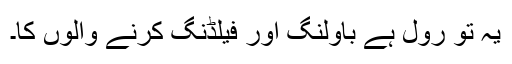
یہ تو رول ہے باولنگ اور فیلڈنگ کرنے والوں کا۔